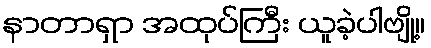
နာတာရှာ အထုပ်ကြီး ယူခဲ့ပါဗျို့။